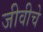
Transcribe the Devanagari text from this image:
जीवीचे